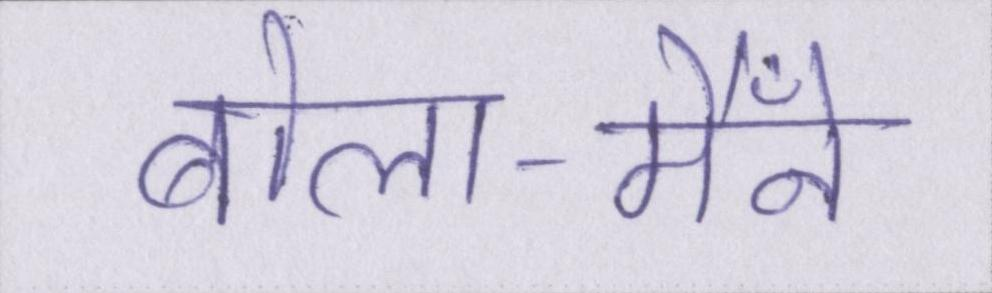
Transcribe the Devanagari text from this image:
बोला-मैँने